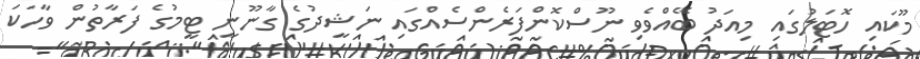
މޫކައި ހޮޓަލުގައި މިއަދު ބޭއްވެވި ނޫސްކޮންފަރެންސެއްގައި ނަޝީދުގެ ގާނޫނީ ޓީމުގެ ފަރާތުން ވާހަކަ